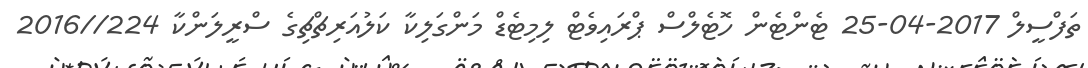
ތަފްސީލް 2017-04-25 ޓެންޓެން ހޮޓެލްސް ޕްރައިވެޓް ލިމިޓެޑް މަންގަލިކާ ކަލުއަރިޗްޗިގެ ސްރީލަންކާ 224//2016